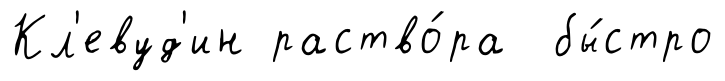
Кл'евуд'ин раство́ра бы́стро